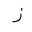
Letter: _zay